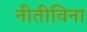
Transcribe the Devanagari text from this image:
नीतीविना